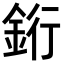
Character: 𬫑